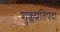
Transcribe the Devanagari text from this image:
शुक्लप्रतिपदा